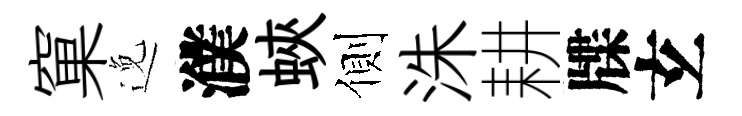
窠𨓜濮蛺側洙耕牒𤣥